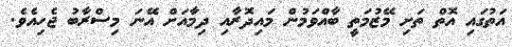
އަތުގައި އޮތް ތަށި މޭޒުމަތީ ބާއްވަމުން މައިދޮރާއި ދިމާއަށް އޭނަ މިސްރާބު ޖެހިއެވެ.